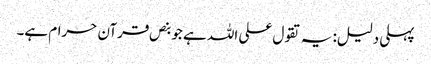
پہلی دلیل: یہ تقول علی اللہ ہے جو بنص قرآن حرام ہے۔